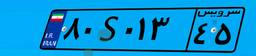
۹۹S۵۶۳۳۵